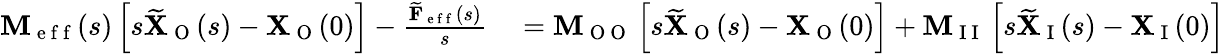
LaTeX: \begin{array}{rl}{\mathbf{M}_{\mathrm{~e~f~f~}}(s)\left[s\widetilde{\mathbf{X}}_{\mathrm{~O~}}(s)-\mathbf{X}_{\mathrm{~O~}}(0)\right]-\frac{\widetilde{\mathbf{F}}_{\mathrm{~e~f~f~}}(s)}{s}}&{{}=\mathbf{M}_{\mathrm{~O~O~}}\left[s\widetilde{\mathbf{X}}_{\mathrm{~O~}}(s)-\mathbf{X}_{\mathrm{~O~}}(0)\right]+\mathbf{M}_{\mathrm{~I~I~}}\left[s\widetilde{\mathbf{X}}_{\mathrm{~I~}}(s)-\mathbf{X}_{\mathrm{~I~}}(0)\right]}\end{array}